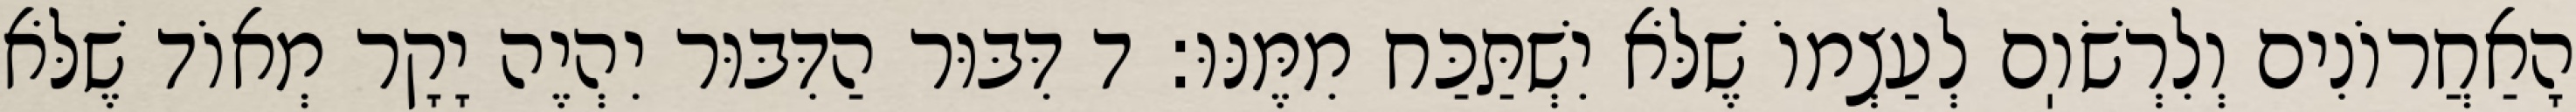
הָאַחֲרוֹנִים וְלִרְשֹׁוֽם לְעַצְמוֹ שֶׁלֹּא יִשְׁתַּכַּח מִמֶּנּוּ: ד דִּבּוּר הַדִּבּוּר יִהְיֶה יָקָר מְאוֹד שֶׁלֹּא